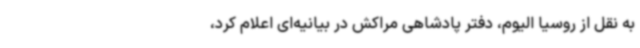
به نقل از روسیا الیوم، دفتر پادشاهی مراکش در بیانیه‌ای اعلام کرد،